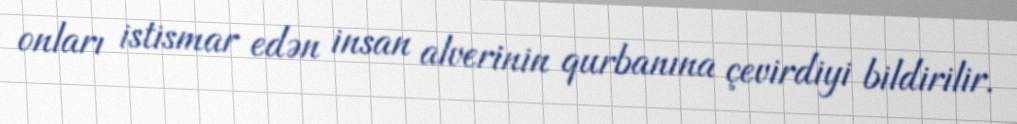
onları istismar edən insan alverinin qurbanına çevirdiyi bildirilir.